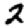
Digit: 2